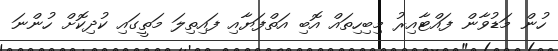
ހުން މަޑުވާން ފައްޓާއިރު މިބިހިތައް އޮބި އަތްފަޔާއި ފައިތިލަ މަތީގައި ކުދިކޮށް ހުންނަ